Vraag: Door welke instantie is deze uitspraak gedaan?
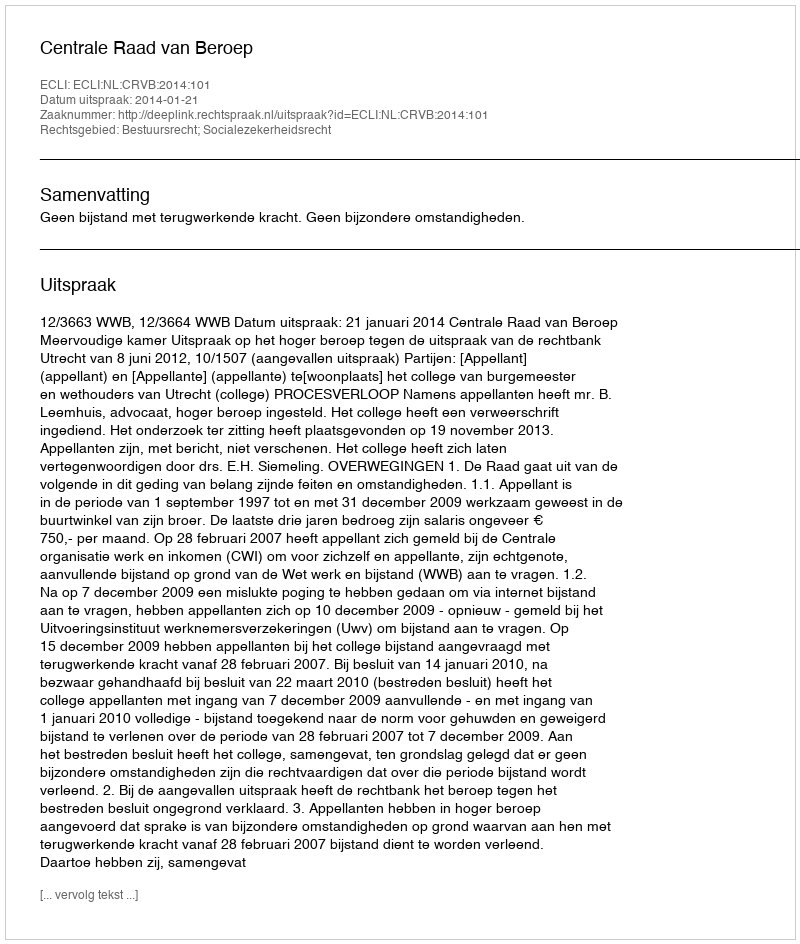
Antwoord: Centrale Raad van Beroep